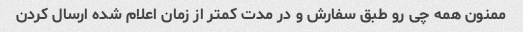
ممنون همه چی رو طبق سفارش و در مدت کمتر از زمان اعلام شده ارسال کردن